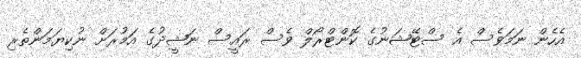
އެހެން ނަމަވެސް އެ ސްޓޭޝަނުގެ ކޮންޓްރޯލް ވެސް ރައީސް ނަޝީދުގެ އަމުރަށް ނުކިޔަމަންތެރި